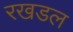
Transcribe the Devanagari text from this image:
रखडल